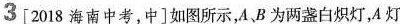
3 [2018海南中考，中]如图所示，A、B为两盏白炽灯，A灯